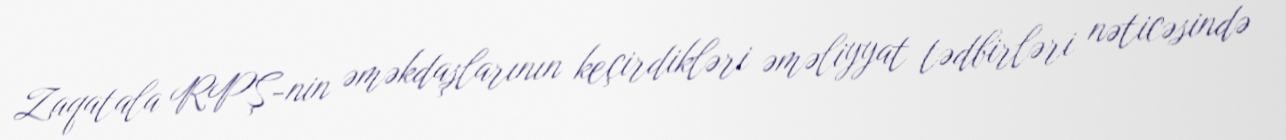
Zaqatala RPŞ-nin əməkdaşlarının keçirdikləri əməliyyat tədbirləri nəticəsində